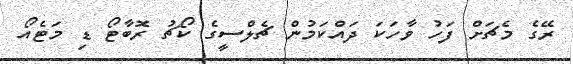
ރޭގެ މެޗަށް ފަހު ވާހަކަ ދައްކަމުން ޗެލްސީގެ ކޯޗު ރޮބާޓޯ ޑި މަޓެއޯ